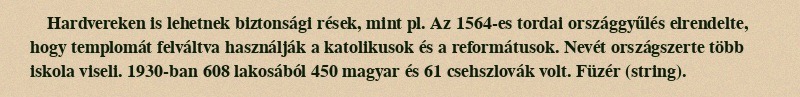
Hardvereken is lehetnek biztonsági rések, mint pl. Az 1564-es tordai országgyűlés elrendelte, hogy templomát felváltva használják a katolikusok és a reformátusok. Nevét országszerte több iskola viseli. 1930-ban 608 lakosából 450 magyar és 61 csehszlovák volt. Füzér (string).